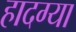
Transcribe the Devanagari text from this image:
हादग्या